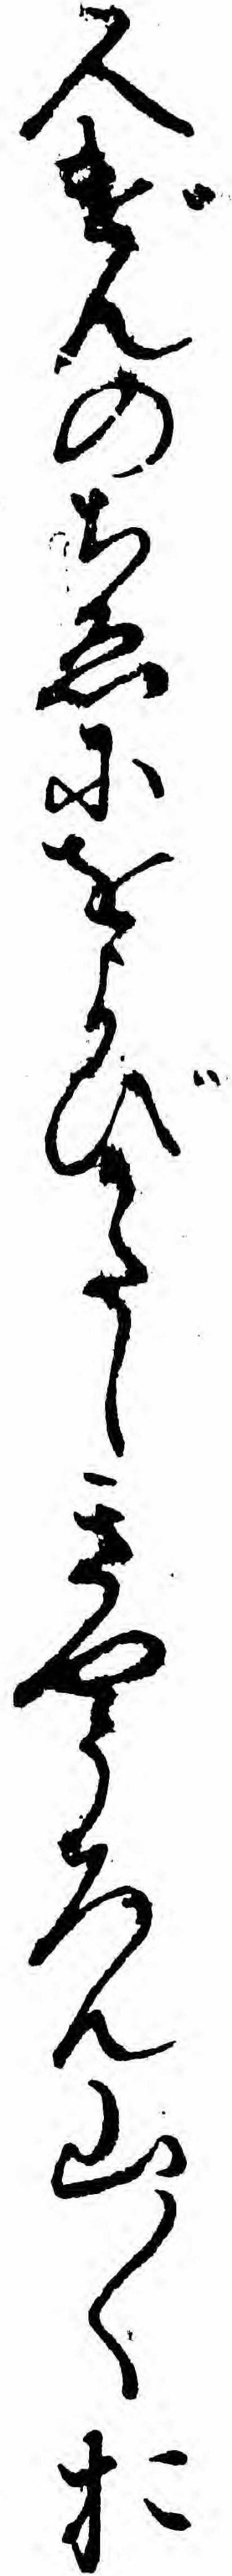
人げんのちゑにをよびかたしきやうろん山々お